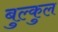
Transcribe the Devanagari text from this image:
बुल्कुल